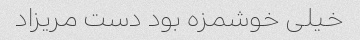
خیلی خوشمزه بود دست مریزاد